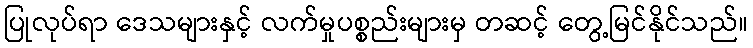
ပြုလုပ်ရာ ဒေသများနှင့် လက်မှုပစ္စည်းများမှ တဆင့် တွေ့မြင်နိုင်သည်။